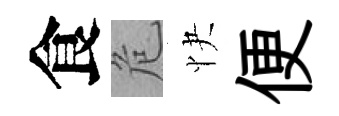
食危快便